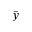
\Bar { y }